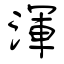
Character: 渾